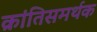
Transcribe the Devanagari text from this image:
क्रांतिसमर्थक